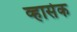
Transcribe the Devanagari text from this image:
व्हासेक